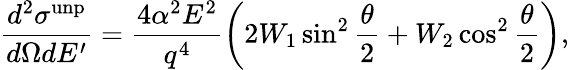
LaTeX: \frac{d^{2}\sigma^{\mathrm{unp}}}{d\Omega dE^{\prime}}=\frac{4\alpha^{2}E^{2}}{q^{4}}\bigg(2W_{1}\sin^{2}\frac{\theta}{2}+W_{2}\cos^{2}\frac{\theta}{2}\bigg),